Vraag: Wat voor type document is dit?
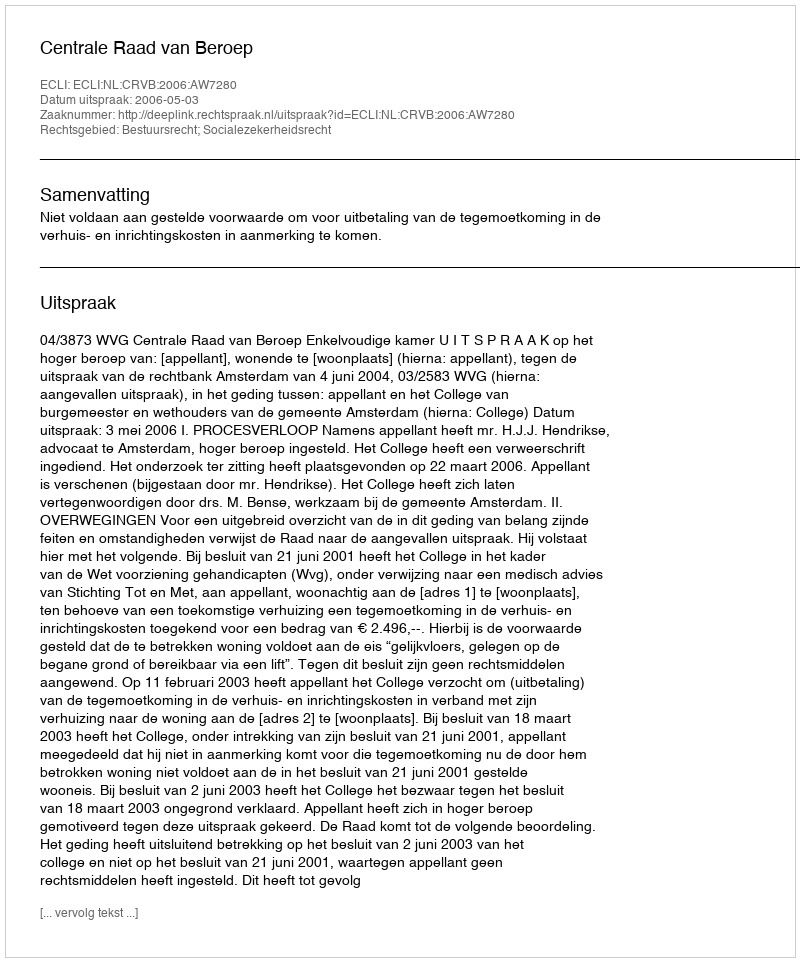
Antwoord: Uitspraak